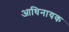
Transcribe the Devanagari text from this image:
आधिनायक